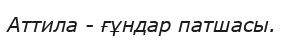
Аттила - ғұндар патшасы.